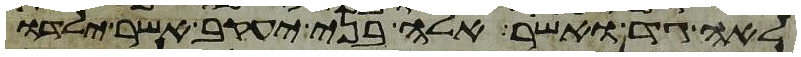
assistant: לאה גד ואשר אלה בני יעקב אשר ילדו